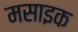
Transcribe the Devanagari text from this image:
मसाइक